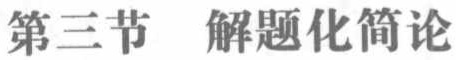
第三节 \ 解题化简论